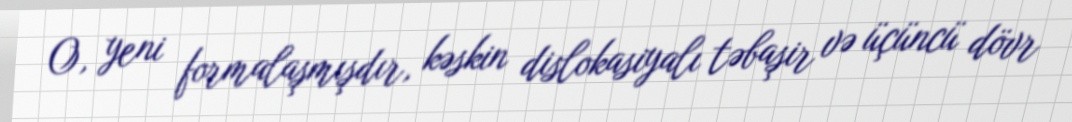
O, yeni formalaşmışdır, kəskin dislokasiyalı təbaşir və üçüncü dövr